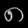
Digit: ၈